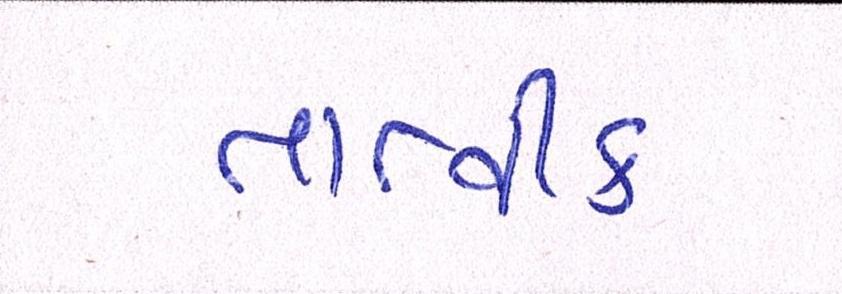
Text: તાત્વીક